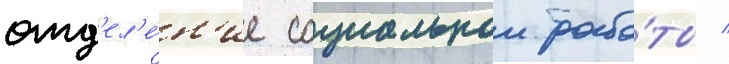
отд'ел'е́н'ие социальнои рабо́ты /